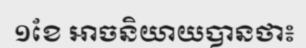
១ខែ អាចនិយាយបានថា៖